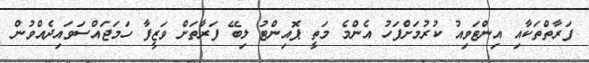
ފަރާތްތަކާއި އިންޓަވިއު ކުރުމަށްފަހު އެންމެ މަތީ ޕޮއިންޓު ލިބޭ ފަރާތަށް ވަޒީފާ ހަމަޖައްސަވައިދެއްވުން